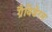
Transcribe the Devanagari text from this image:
ग्रैविडेरम